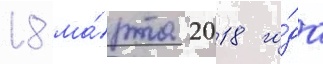
18 ма́рта 2018 го́да